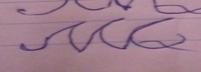
Signature authenticity: forged